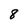
Character: 8